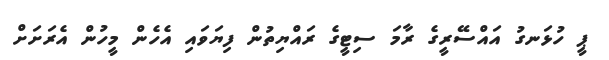
ޕީ ހުޅަނގު އައްސޭރީގެ ރާމަ ސިޓީގެ ރައްޔިތުން ފިޔަވައި އެހެން މީހުން އެރަށަށް